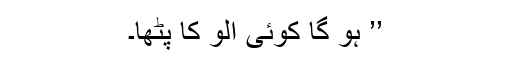
’’ ہو گا کوئی اُلّو کا پٹھا۔